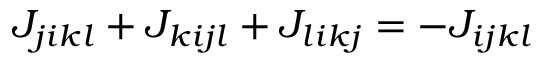
J _ { j i k l } + J _ { k i j l } + J _ { l i k j } = - J _ { i j k l }